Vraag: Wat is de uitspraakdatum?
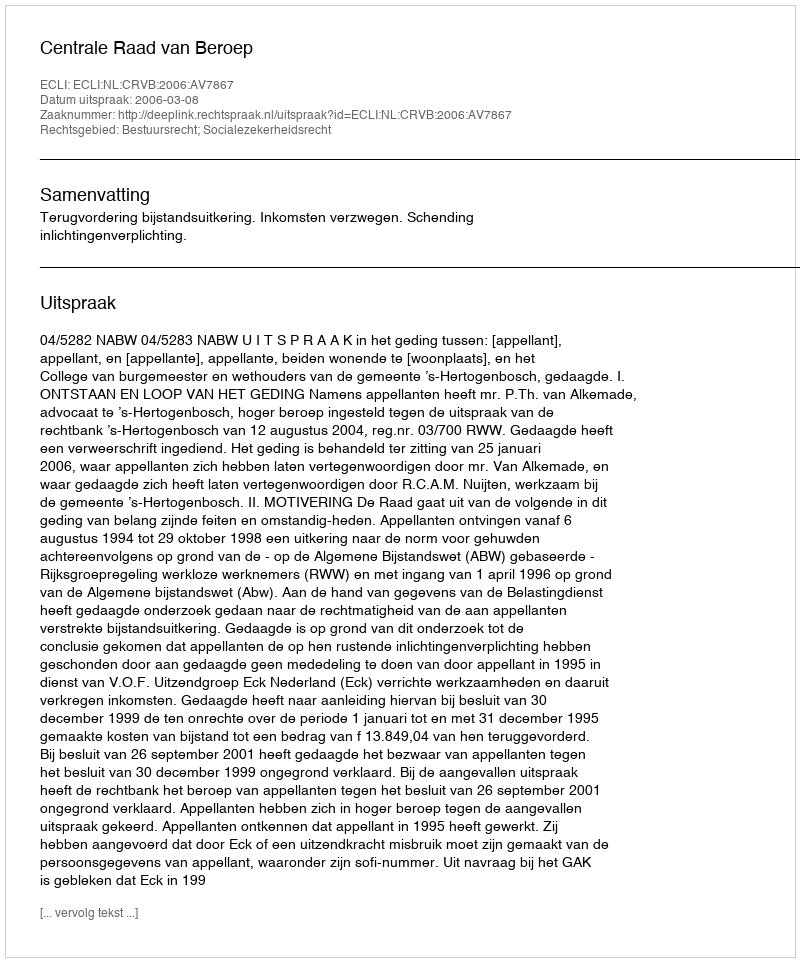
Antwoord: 2006-03-08